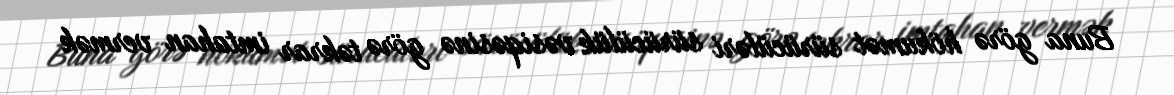
Buna görə hökumət sürücüləri sürücülük vəsiqəsinə görə təkrar imtahan vermək